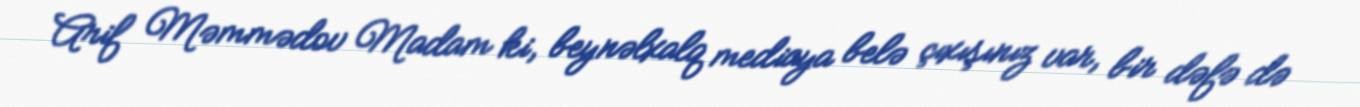
Arif Məmmədov Madam ki, beynəlxalq mediaya belə çıxışınız var, bir dəfə də